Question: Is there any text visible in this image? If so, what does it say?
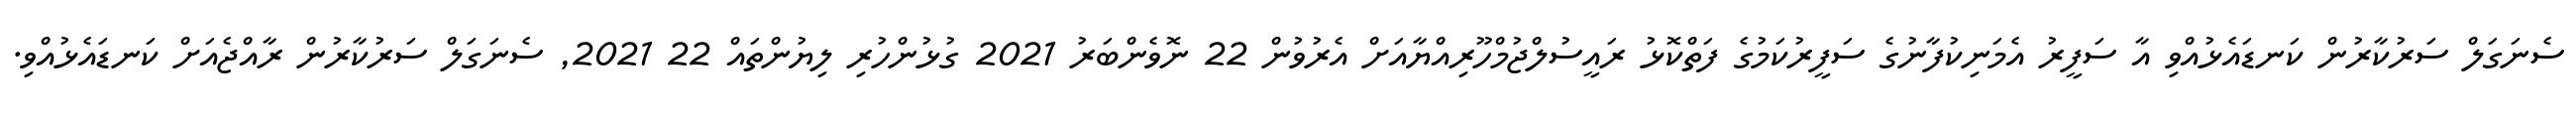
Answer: ސެނަގަލް ސަރުކާރުން ކަނޑައެޅުއްވި އާ ސަފީރު އެމަނިކުފާނުގެ ސަފީރުކަމުގެ ފަތްކޮޅު ރައީސުލްޖުމްހޫރިއްޔާއަށް އެރުވުން 22 ނޮވެންބަރު 2021 ގުޅުންހުރި ލިޔުންތައް 22 2021, ސެނަގަލް ސަރުކާރުން ރާއްޖެއަށް ކަނޑައެޅުއްވި.